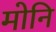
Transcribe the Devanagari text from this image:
मोनि